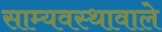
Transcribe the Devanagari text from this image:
साम्यवस्थावाले